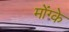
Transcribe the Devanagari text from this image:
मोंग्के